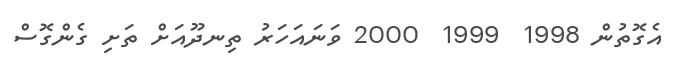
އެގޮތުން 1998  1999  2000 ވަަނައަހަރު ތިނދޫއަށް ތަށި ގެންގޮސް